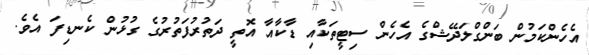
އެހެންކަމުން ބަންގްލަދޭޝްގެ އެހެން ސިޓީތަކާއި ޑާކާއާ އޮތީ ދަތުރުފަތުރުގެ ގުޅުން ކެނޑިފަ އެވެ.